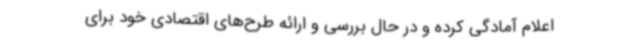
اعلام آمادگی کرده و در حال بررسی و ارائه طرح‌های اقتصادی خود برای